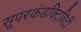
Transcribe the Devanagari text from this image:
सूपरकंडक्टिविटी